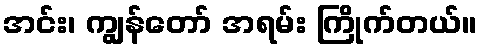
အင်း၊ ကျွန်တော် အရမ်း ကြိုက်တယ်။